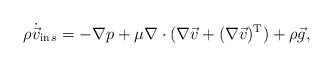
LaTeX: \begin{align*}\begin{aligned} \rho\dot{\vec v}_{{\rm in} \, s}=-\nabla p+\mu\nabla\cdot(\nabla\vec v+(\nabla\vec v)^{\rm T})+\rho\vec g,\end{aligned}\end{align*}